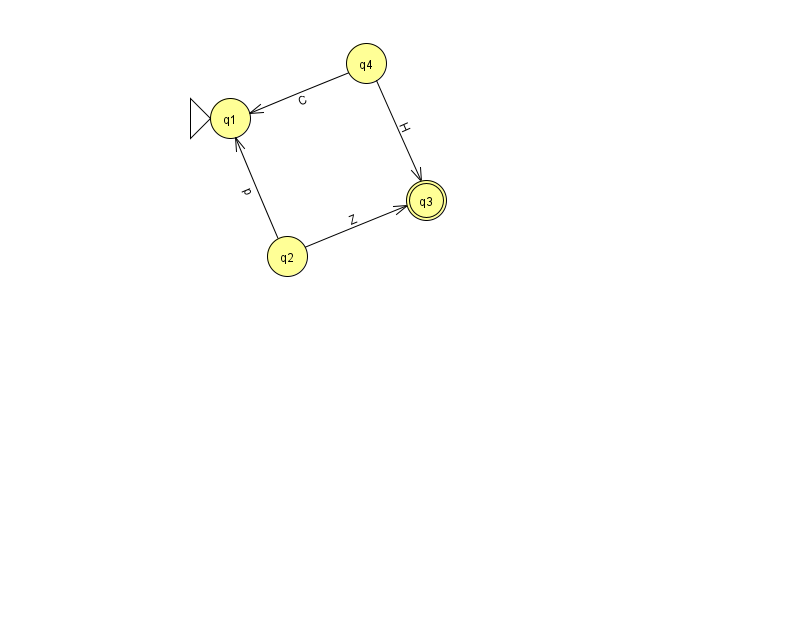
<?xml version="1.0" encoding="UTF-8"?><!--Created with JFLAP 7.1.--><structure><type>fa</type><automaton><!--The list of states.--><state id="1" name="q1"><x>230.0</x><y>105.0</y><initial/></state><state id="2" name="q2"><x>287.0</x><y>243.0</y></state><state id="3" name="q3"><x>426.0</x><y>187.0</y><final/></state><state id="4" name="q4"><x>366.0</x><y>50.0</y></state><!--The list of transitions.--><transition><from>4</from><to>1</to><read>C</read></transition><transition><from>2</from><to>1</to><read>p</read></transition><transition><from>2</from><to>3</to><read>Z</read></transition><transition><from>4</from><to>3</to><read>H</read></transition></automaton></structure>